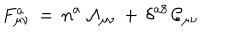
LaTeX: F _ { \mu \nu } ^ { a } \, = \, n ^ { a } \, \mathcal { A } _ { \mu \nu } \, + \, \delta ^ { a 8 } \, \mathcal { C } _ { \mu \nu }